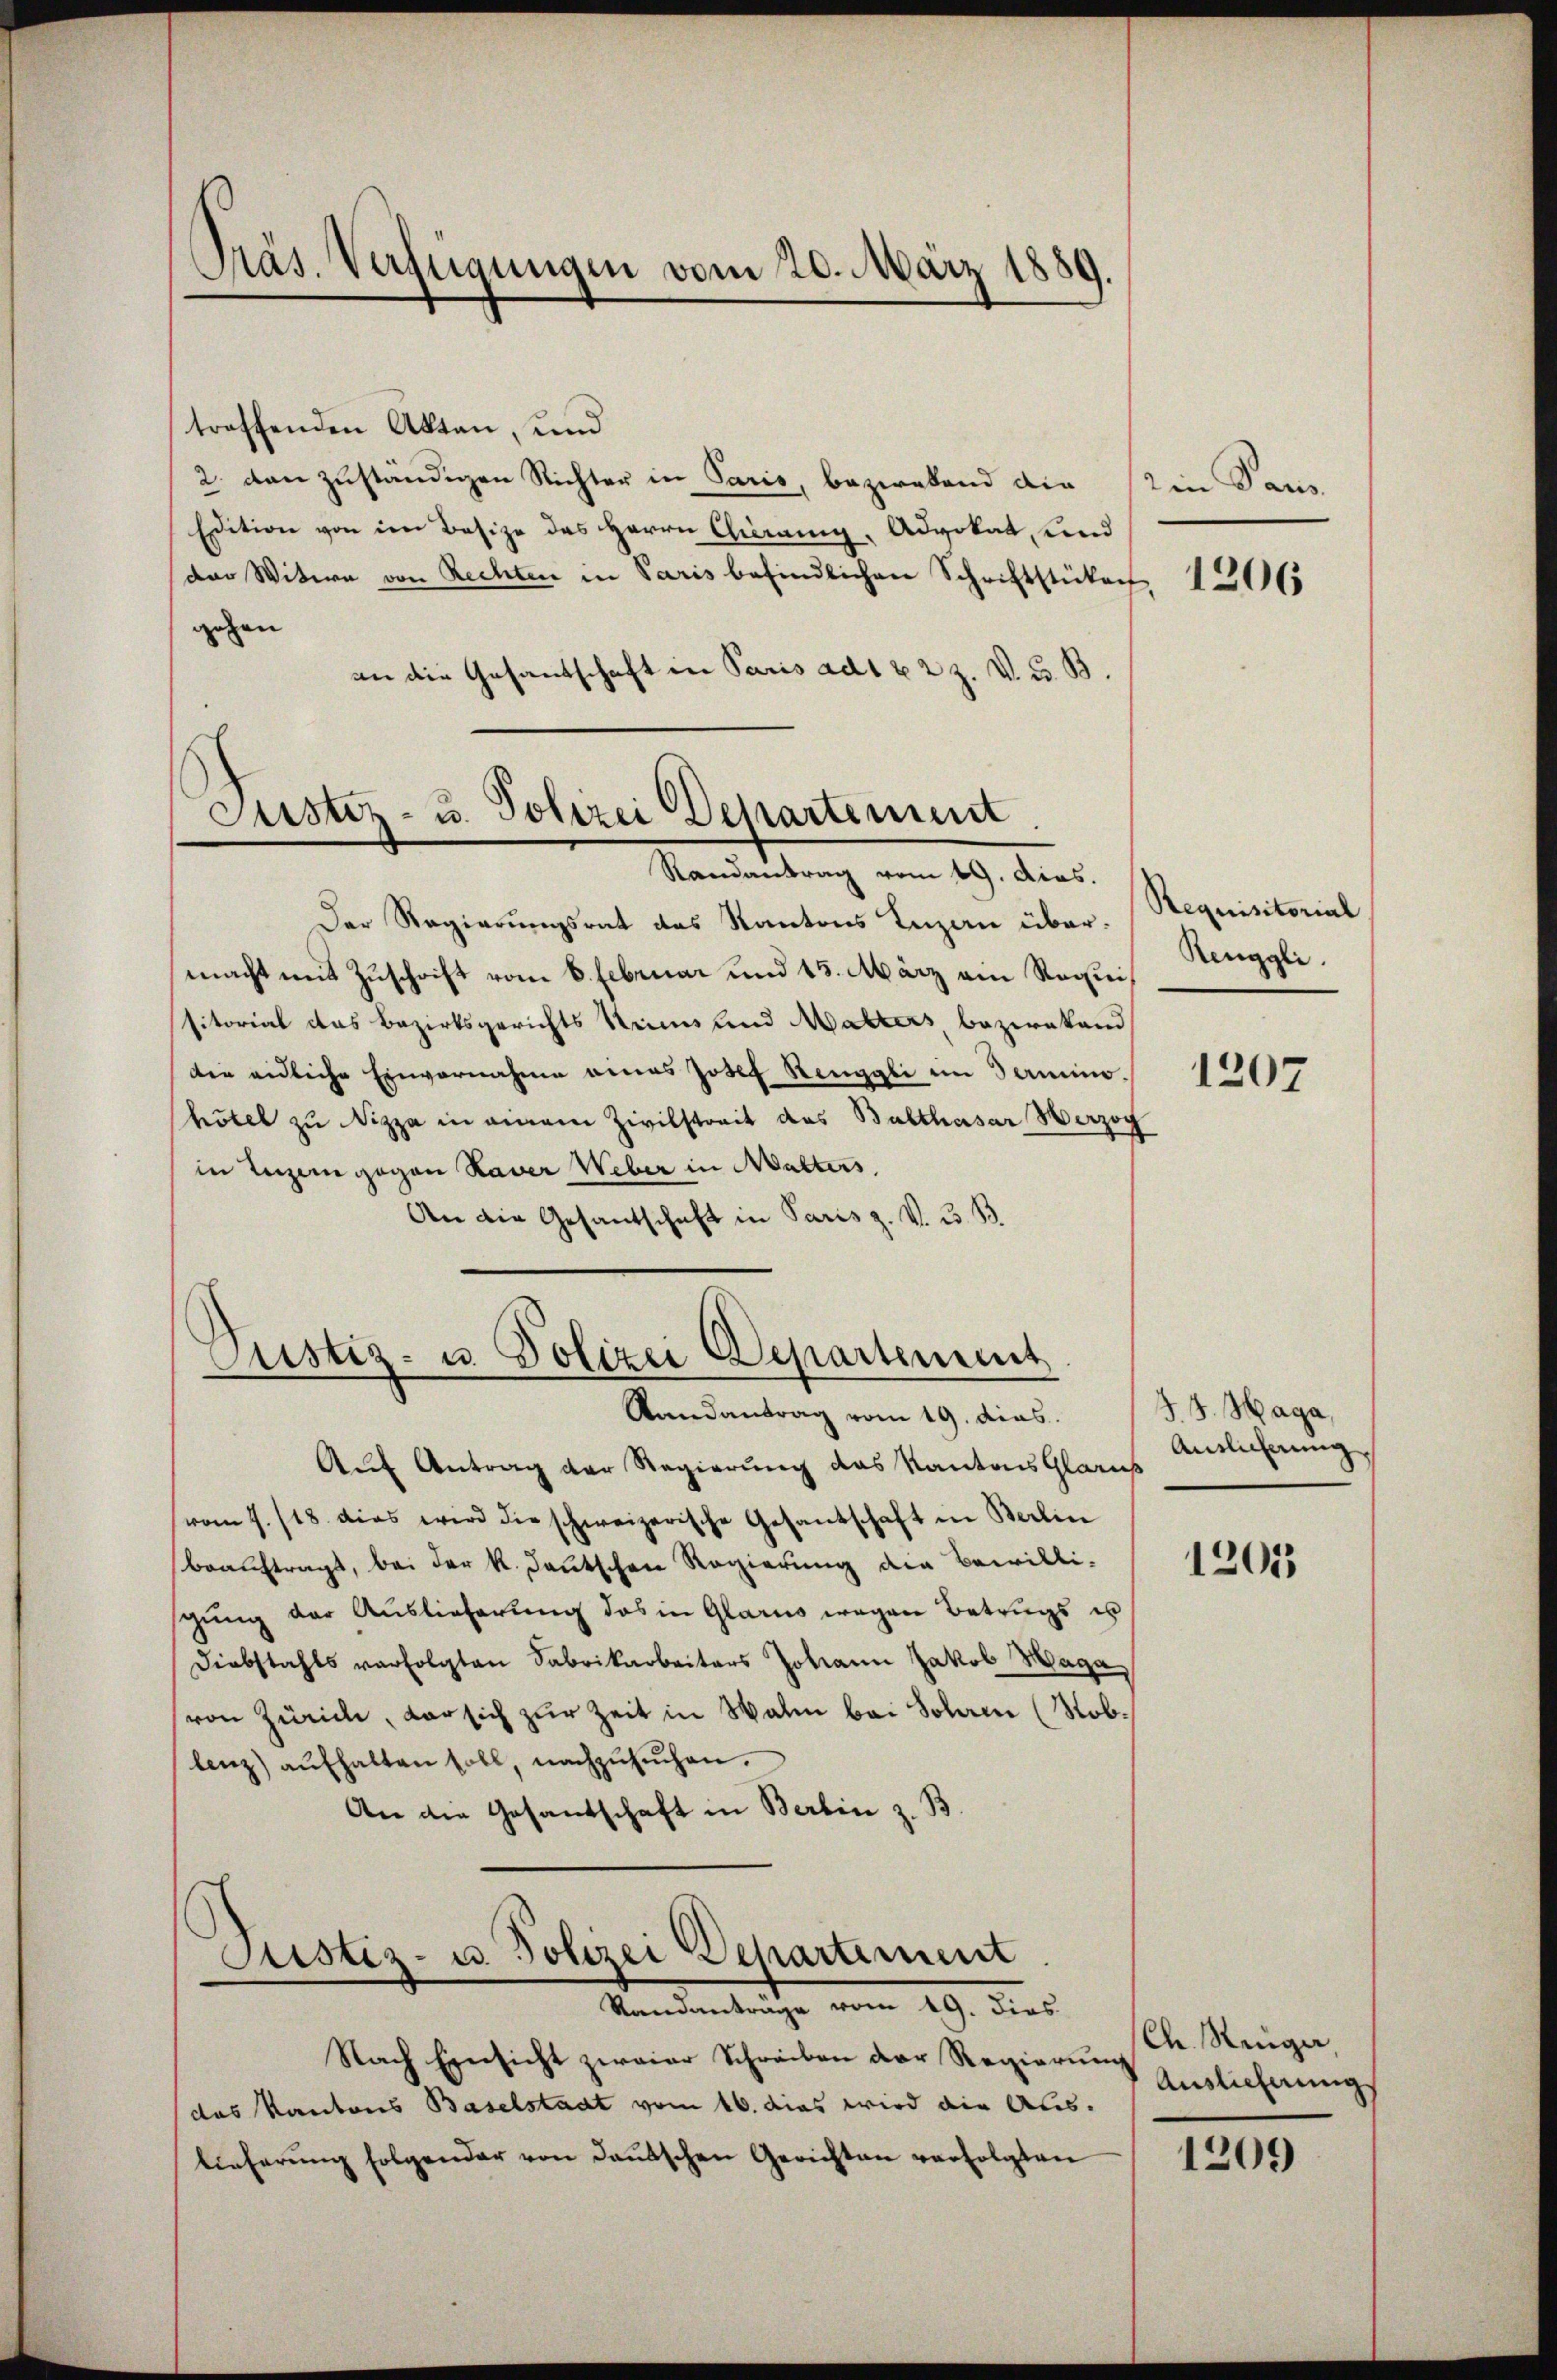
Präs. Verfügungen vom 20. März 1889.

treffenden Akten, und
2. dan zuständigen Richter in Paris, bezwesend die
Edition von den Besize des Herrn Chirang, Advokat, und
der Witwe von Rechten in Paris befindlichen Schriftstücken 1206
zehen
an die Gesandschaft in Paris ad 1 & 2 Z. V. u. B.

Justiz- u. Polizei Departement
Randantrag vom 19. dies.

Der Regierungsrat des Kantons Inzan übermacht mit Zuschrift vom 6. Februar und 15. März ein Requisitorial das Bezirksgerichts Reims und Malters, bezwakand
die eidliche Einvernahme eines Josef Renggli im Termino.
hötel zu Nizza in einem Zivilstreit des Balthasar Herzog
in Luzern gegen Haver Weber in Walters
An die Gesantschaft in Paris z. V. u. B

Justiz- u. Polizei Departement

Randantrag vom 19. dies
Aŭf Antrag der Regierŭng des Kantons Glarus Antlicherung
(vom 7./18. dies wird die schweizerische Gesandschaft in Berlin
beauftragt, bei der k. deutschen Regierung die Bewilli-
schŭng der Auslieferŭng des in Glarus wegen Betrugs us
Diebstahls verfolgten Fabrikarbeiters Johann Jakob Maga
von Zürich, der sich zur Zeit in Walen bei Sohann (Noblenz) aŭfhalten soll, nachzŭsŭchen.
An die Gesandschaft in Berlin z. B.

Justiz- u. Polizei Departement
Randantrage vom 19. dies

Nach Einsicht zwaiar Schreiben der Regierŭng u. Neuge,
das Kantons Baselstadt vom 16. dies wird die Auslieferŭng folgender von deŭtschen Gerichten verfolgten

2in Paus

Requisitorial
Renggli

1207

J. J. Haga,

1205

Auslieferung

1209